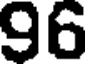
96